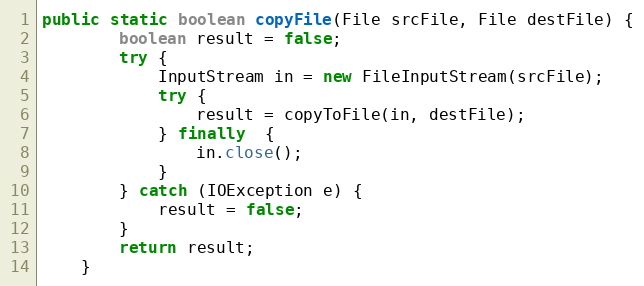
Language: Java
public static boolean copyFile(File srcFile, File destFile) {
        boolean result = false;
        try {
            InputStream in = new FileInputStream(srcFile);
            try {
                result = copyToFile(in, destFile);
            } finally  {
                in.close();
            }
        } catch (IOException e) {
            result = false;
        }
        return result;
    }